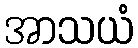
အာသယံ